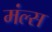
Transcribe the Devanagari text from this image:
मंल्स